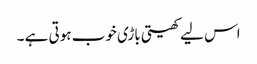
اس لیے کھیتی باڑی خوب ہوتی ہے ۔